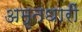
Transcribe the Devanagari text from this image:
अमृतधारीं